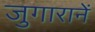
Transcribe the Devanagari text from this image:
जुगारानें